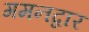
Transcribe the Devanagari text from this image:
गमनद्वार